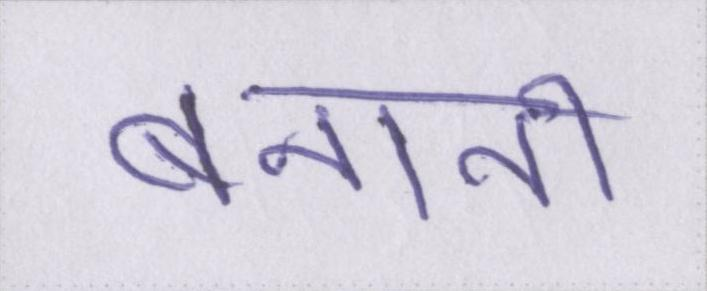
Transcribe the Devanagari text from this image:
बनानी